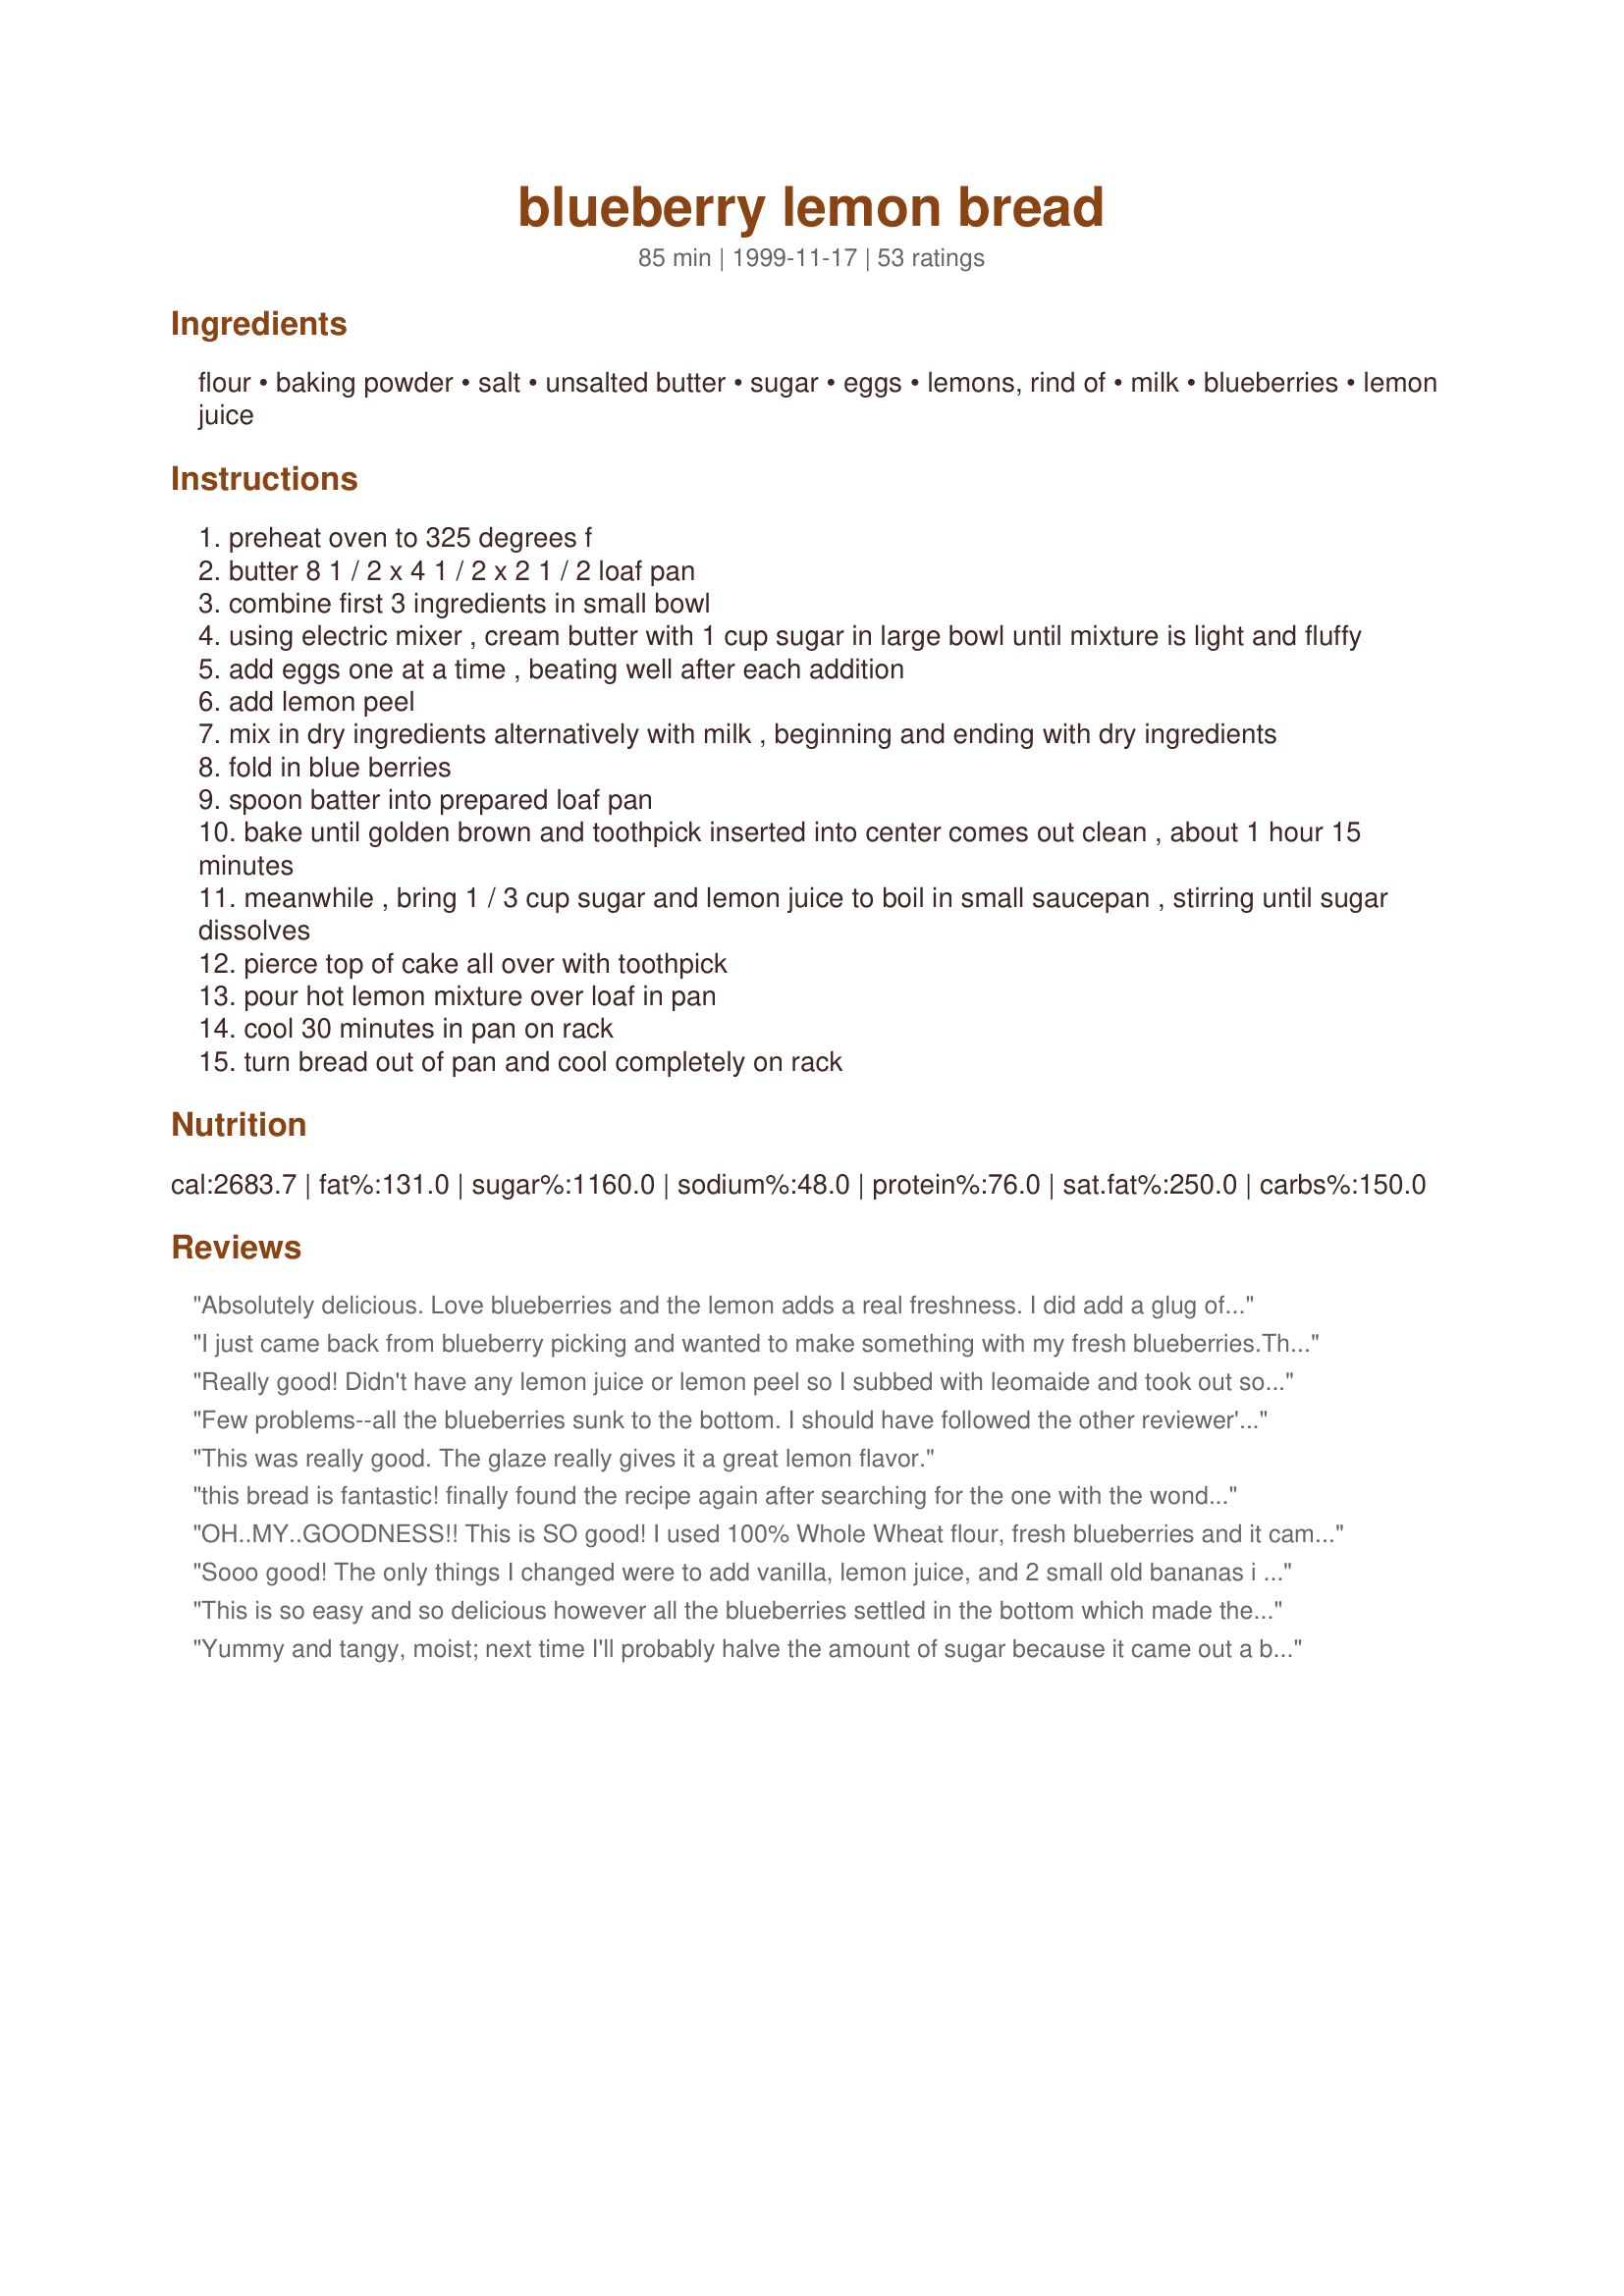
blueberry lemon bread
Preparation time: 85 minutes

Ingredients:
flour, baking powder, salt, unsalted butter, sugar, eggs, lemons, rind of, milk, blueberries, lemon juice

Steps:
preheat oven to 325 degrees f
butter 8 1 / 2 x 4 1 / 2 x 2 1 / 2 loaf pan
combine first 3 ingredients in small bowl
using electric mixer , cream butter with 1 cup sugar in large bowl until mixture is light and fluffy
add eggs one at a time , beating well after each addition
add lemon peel
mix in dry ingredients alternatively with milk , beginning and ending with dry ingredients
fold in blue berries
spoon batter into prepared loaf pan
bake until golden brown and toothpick inserted into center comes out clean , about 1 hour 15 minutes
meanwhile , bring 1 / 3 cup sugar and lemon juice to boil in small saucepan , stirring until sugar dissolves
pierce top of cake all over with toothpick
pour hot lemon mixture over loaf in pan
cool 30 minutes in pan on rack
turn bread out of pan and cool completely on rack

Reviews:
Absolutely delicious. Love blueberries and the lemon adds a real freshness. I did add a glug of vanilla as suggested by other reviews. Thanks for a great recipe!
I just came back from blueberry picking and wanted to make something with my fresh blueberries.This recipe was perfect!I have other recipes similar to this one but I found they were too "heavy".This one was very cakey just how I like it.
I did not have any lemon rind so I used a small bit of orange instead,very nice.I cut the icing recipe in half but it really didn't need any icing at all,it was almost too sweet with it.Delicious bread recipe,thanks for posting it!!It's a keeper!
Really good! Didn't have any lemon juice or lemon peel so I subbed with leomaide and took out some of the sugar to compensate. 
Very tasty.
Few problems--all the blueberries sunk to the bottom. I should have followed the other reviewer's advice to toss them with flour. Half the cake stuck in the pan--be SURE to wait the 30 minutes. And the lemon flavor was not very strong in the cake itself; the icing is necessary for lemon taste. Even though it didn't come out perfectly, it did taste good and I would try it again with a few changes.
This was really good. The glaze really gives it a great lemon flavor.
this bread is fantastic! finally found the recipe again after searching for the one with the wonderful glaze and hole-poking instructions. making this for friends this weekend & can't wait to taste it again!
OH..MY..GOODNESS!! This is SO good! I used 100% Whole Wheat flour, fresh blueberries and it came out tender and moist with a beautiful golden brown color. We loved it!!
Sooo good! The only things I changed were to add vanilla, lemon juice, and 2 small old bananas i mashed up and added to the batter. The glaze is very yummy also. Have to stop myself from eating too much of this.
This is so easy and so delicious however all the blueberries settled in the bottom which made the bread rather soggy :-( however I love blueberries and lemon so if someone can tell me the reason this happened. I want to make it again but will wait for a suggestion. Thank you ....
Yummy and tangy, moist; next time I'll probably halve the amount of sugar because it came out a bit sweet for my family's taste, but still a great easy recipe.
I made seven loaves of this to give out as Christmas gifts, and they turned out beautifully. I do recommend keeping a close eye on them in the oven, though, mine were done in about an hour. The taste is the perfect blend of sweet and tart, I can't wait to give these out. Thanks for the recipe!
This is a very nice bread.....not sweet at all. Next time I would add more lemons and a bit more sugar....I have a bit of a sweet tooth.....but overall this is a great bread!
The taste of the bread was very good but the glaze was a bit sweet for my taste. I don't whether just cutting down on the sugar in the glaze would do it or whether to leave it off altogether. It was a nice way to use up blueberries.
Very nice blend of flavors. I omitted the icing, so it was just a good overall bread. I had to keep it in the oven for a little longer than stated, but other than that it was fabulous. Thanks for posting!
This made an awesome dessert! I followed the directions with two exceptions. 1)I added vanilla to the batter and 2)instead of using the icing, I drizzled on a glaze of fresh lemon juice, zest and powdered sugar. The bread is excellent - almost like a cake! We served it with a homemade vanilla and blueberry swirl ice cream - very good! Thanks for the recipe!
This was good - but maybe not a bundt pan type of cake as I saw in the pic, as when I tried this It came apart as I was trying to take it out and so it wasn't very pretty - but still good - recipe says "loaf" pan - stick with that.
A very tasty bread! I (1- 1/2) the recipe, and baked in a bundt pan. The glaze is very delicious, and the cake keeps well. Thanks!
My mom has this recipe and it is one of my favorites. When I ran out of berries I discovered it is just as good without them.
I was concerned the lemon glaze would be too tart for my DS's, it wasn't and everyone loved it!
Thank You-mstrcook-
GREAT recipe! I made this just for fun, and I must say that I was skeptical about the icing. It was WONDERFUL, however, and added just the right amount of tang to the bread. This baked up nice and fluffy--light, not heavy, but also not dry. THANKS!
Better without icing... worth to try as a cupcake for the next time...
OH That is GOOD! The bread is already good, but the glazing (it looks more like glazing than icing) is mouth-watering good. I will be making this often. Very moist and delicious. I could not wait until it cooled to cut into it. I had to try it immediately after I put the glazing on. YUMMY! THANK YOU.
I personally found it a little sweet. It had good flavor, but I wouldn't make again.
this was so good very light and the lemon adds excellent flavor. it was easy and went fast at our house. thanks for such a great recipe!
This bread is pretty good. I took other reviewers' advice and mixed my frozen blueberries in with some flour and they did not sink to the bottom. I agree the actual bread lacked a real lemon flavor - that came from the glaze. Next time I might double the amount of lemon rind and forgo the icing. I forgot about this bread and it cooked an extra 10 minutes, but nothing was harmed. It was moist and delicious. I also used whole wheat flour with success. Thanks for posting.
Made this for a family friend&#039;s birthday a few months ago and I keep forgetting to review it, but he still waxes poetic about how delicious it was every time we see him! I believe I added a splash of vanilla, doubled the recipe for 2 loaves, making one with fresh berries and one with frozen, both were equally scrumptious.
This was so good, I had to get it out of the house or I would have eaten the whole loaf all by myself! Great lemon flavor and it's really moist.
used all the zest from two lemons and frozen blueberries, turned out wonderfully
I used a full stick of butter, about 1/3 cup of fresh lemon juice and buttermilk for the milk, no icing. Came out very moist and flavorful, will make again. Thanks!
Delicious!
I reserved about 1/4 cup of the flour mixture and tossed it with my blueberries - this prevented the berries from sinking to the bottom.
I used all of the icing, and thought it was a bit too much - the flavor was good, but it made the cake almost soggy.
Great recipe!
Wow wow wow!!! This is one of the best tasting blueberry dessert I have ever had!!! The mix of lemon and blueberry is amazing!! You have got to try this!! Used a little less sugar (maybe 3/4 cup) and used fresh blueberries. Also used low-fat milk. If you haven't tried this - you are missing something!! ;) Thanks!
Very good! The only change I made was adding 1 tsp vanilla extract the second time I made the recipe. I may try baking this in smallish cake pan next time to make it easier to bring to brunches, etc. The texture is great; very moist with a crisp exterior. I have not made the icing, but I'm sure its wonderful. Great recipe! Thanks
I made this for a tea party that I was going to yesterday. I was nervous that the lemon was going to be a bit overwhelming but it wasn't atall, this was a great hit! I did use 2 cups of blueberries instead of one. Thank you this recipe!!
Our local restaurant serves blueberry bread on it's salad bar. My sons absolutely love it but they would not share the recipe. So I tried yours and I am glad I did. This is very very good and I will make it again. The boys enjoyed it as well.
This is wonderful! Easy to put together too! I made this last night on a whim because I had bought a package of blueberries (I never buy those) and didn't know what to do with them. I brought this yummy bread to my office and it got rave reviews and not a crumb was left. It was such a hit that I'm making a second loaf right now to bring on a camping trip tomorrow! Thanks for posting this recipe!
This had such a nice light taste. I just love lemon anything so I'm not surprised I like it with blueberries. I chose not to add icing so it would keep better and not get sticky. I used my new super-cool zesting tool I got last Christmas. Makes zesting a lemon so much easier and more productive - worth the investment. I think the only thing I would add different might be a 1/2 teaspoon of vanilla extract..it helps to tone down the tartness of the lemon flavor just a bit. Pam
Love it. I also added a splash of vanilla to the batter and I used frozen mixed berries instead of juat blueberries.
Had a last minute invite to dinner and wanted to take something but had to be easy and quick. I have an overload of blueberries from my garden so decided to make this, I too added vanilla to both the bread batter and the icing and it was wonderful. I did use mini pans so that I could freeze some for later and I knew we'd never eat an entire full size. Started to use without the icing as short on time, but decided to take the extra few minutes it required, and WOW, what a perfect addition, the tart frosting to the light, slightly lemon cake. This is a winner
This is a cross between bread and cake. I even cheated and used well drained CANNED blueberries and it was amazingly soft and yummy.
5 Star all the way! easy to make, tastes delicious, makes you appear to be a real expert baker! thanks for sharing
Excellent!! Easy to make, although I did forget to add the flour and liquid in the order stated, but it didn't seem to make any difference. Lovely moist cake...praise all round from everyone who tried it!

Definitely making this one again.
This was the best bread. I made it for my daughters tea party and could not stay out of it. It was so good!
This is a OKAY recipe. Very moist, guess the lemon flavor through me off BUT I like to try anything once....THANKS!
Excellent, I use 1/2 cup of wholewheat flour as I ran out of white. Easy to make and it served up very nice. Thanks for posting.
WOW! WOW! WOW! I made this bread for a weekend get away with a group of fellow dragon boaters so I tripled the recipe. It was gone lickity split. Everyone loved it! It is a favorite around here now! I have already made another 2 loafs for lunches this week! YOU WILL NOT BE DISSAPOINTED! IT IS A MUST TRY!! I made exactly as directions stated.
Loved this recipe....I used splenda for baking and it turned out perfect...
everyone at work enjoyed this very much, very moist and lots of lemon flavor.
I'm not gonna give this any stars on this occassion because I altered the recipe and I think that led to my problems. So it's my own fault. I substituted 1/2 of the sugar with Splenda, but otherwise stuck to the recipe. It rose nicely in the oven, but when I took it out and it cooled it kind of collapsed. I'm also not sure whether I underbaked t a little, I had it in the oven for 65 minutes and the bamboo skewer I inserted to test it came out clean. However, towards the bottom, where most of the bluenerries gathered the cake looked a littlle undone, I'm not sure it might have just been the moisture from the blueberries though. I will try and make this again as the flavour was good and very moist.
Used fresh blueberries, and toothpick was clean in 60 min. !! Top was brown and sides away from the edges. All the blueberries at the bottom, and a tad damp -- but nice texture and crisp taste. Did not use icing. Thanks for posting, mstrcook.
really really great recipe! moist and very tasty, I doubled the recipe and it was wonderful! thank you mstrcook!

 L.Pie
June 11, 2010: Absolutely fabulous! Turned out VERY MOIST! I used 1 1/2 x the recipe and made it in a bundt pan, baked perfectly in exactly 1 hour 15 mins. I added in juice of a whole lemon to the batter along with the zest, had the right amount of lemony flavour and the sugar was perfect for us, not overly sweet. The icing is a must, that does take it to the next level! Have I mentioned how VERY MOIST it is! It's more like sponge cake than a bread. WE LOVED it and everybody else who have tried it! Thank you so much, mstrcook, for sharing this wonderful recipe, this one is definitely a keeper for sure! Update on Nov 09, 2010: I've made this cake several times now in both a bundt pan and loaf tin, and it's been a big hit each time!
Yum! What a great twist on blueberry bread. Doubled the recipe so I could freeze one loaf. Perfect use of in-season blueberries!
